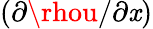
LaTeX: (\partial\rhou/\partial\mathit{x})